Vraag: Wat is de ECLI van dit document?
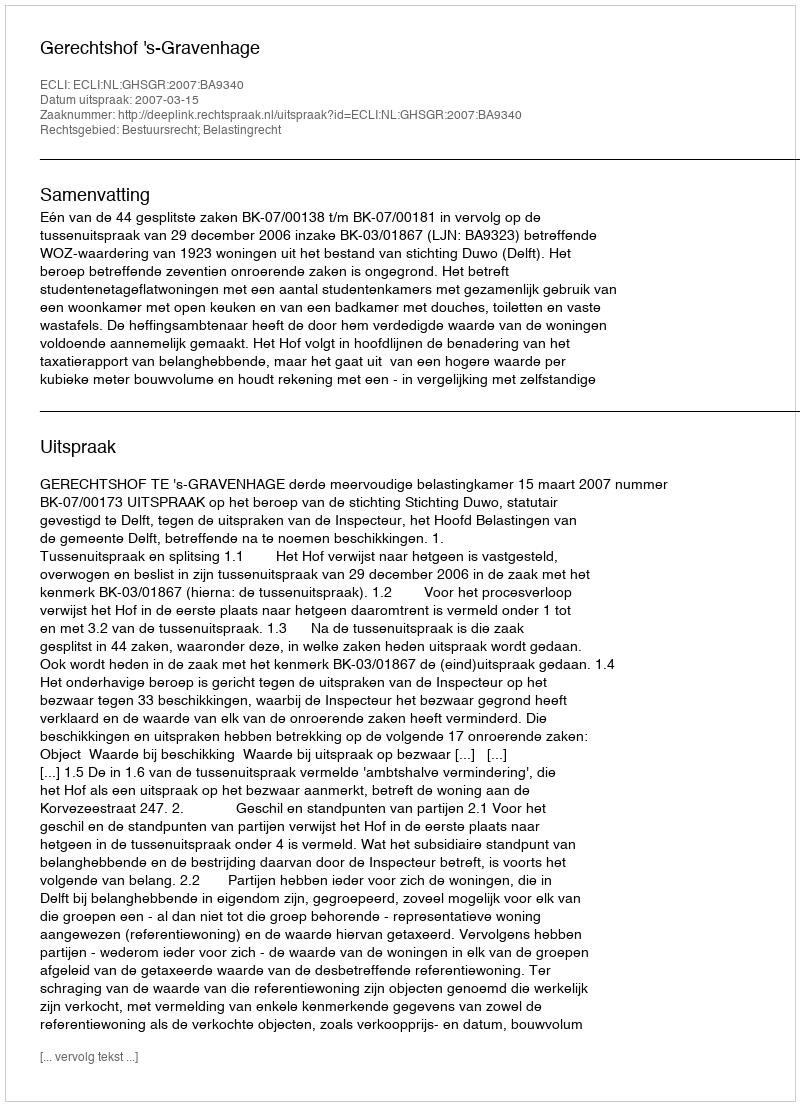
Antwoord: ECLI:NL:GHSGR:2007:BA9340